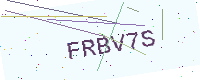
Text: FRBV7S